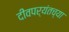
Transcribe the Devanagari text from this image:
दीवपर्यंतच्या